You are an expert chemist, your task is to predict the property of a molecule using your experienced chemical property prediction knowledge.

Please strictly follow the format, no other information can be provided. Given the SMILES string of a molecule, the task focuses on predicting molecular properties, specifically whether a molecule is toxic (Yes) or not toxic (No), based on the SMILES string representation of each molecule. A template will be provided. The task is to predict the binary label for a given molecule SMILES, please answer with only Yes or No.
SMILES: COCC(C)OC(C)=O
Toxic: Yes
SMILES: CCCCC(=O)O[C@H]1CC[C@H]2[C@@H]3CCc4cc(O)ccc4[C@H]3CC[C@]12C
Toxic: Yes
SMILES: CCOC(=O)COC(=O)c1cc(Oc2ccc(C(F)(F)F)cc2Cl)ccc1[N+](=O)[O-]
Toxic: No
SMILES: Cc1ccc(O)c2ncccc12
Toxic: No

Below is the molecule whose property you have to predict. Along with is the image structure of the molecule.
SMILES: CCOP(=S)(OCC)SCSC(C)(C)C
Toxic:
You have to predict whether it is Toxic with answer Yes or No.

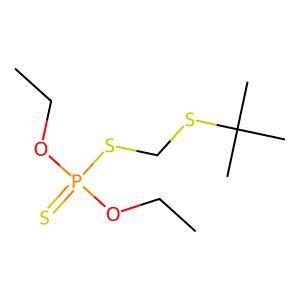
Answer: No